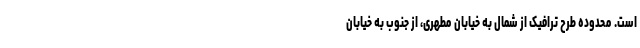
است. محدوده طرح ترافیک از شمال به خیابان مطهری، از جنوب به خیابان